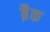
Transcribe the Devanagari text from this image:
ब्रैक